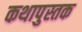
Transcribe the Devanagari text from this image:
कथापुस्तक